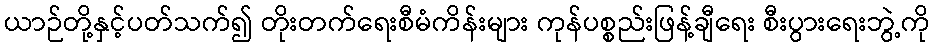
ယာဉ်တို့နှင့်ပတ်သက်၍ တိုးတက်ရေးစီမံကိန်းများ ကုန်ပစ္စည်းဖြန့်ချီရေး စီးပွားရေးဘွဲ့ကို